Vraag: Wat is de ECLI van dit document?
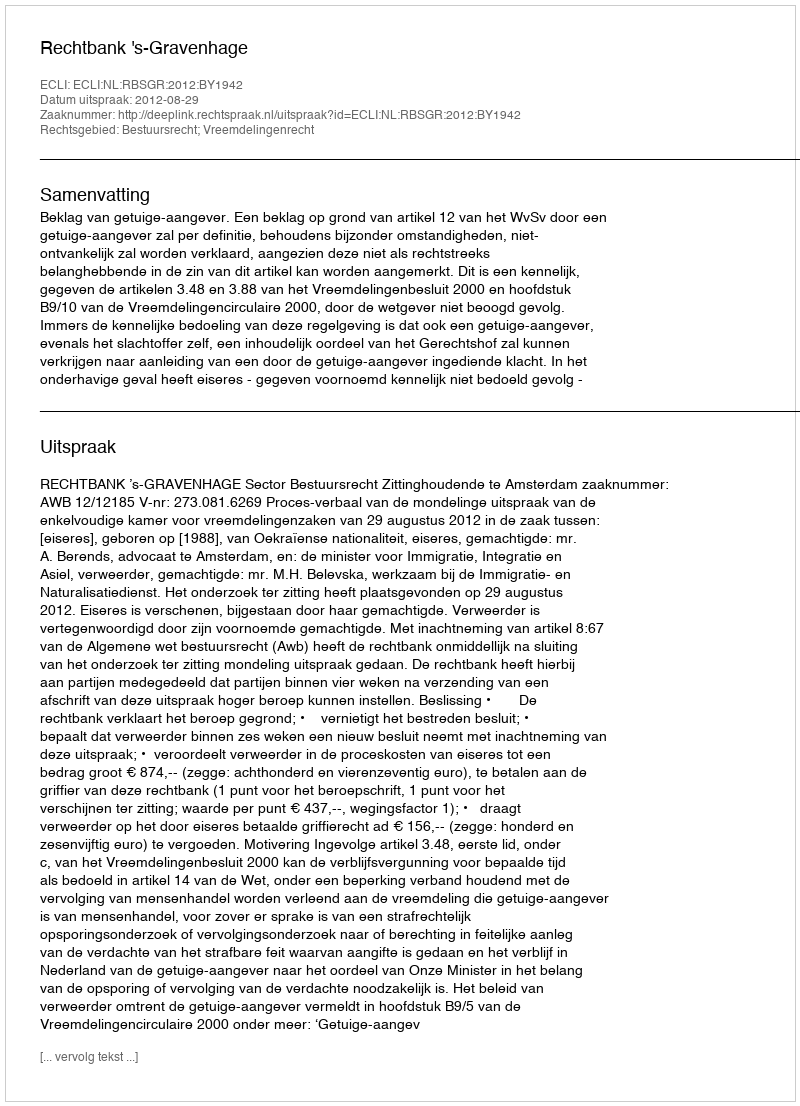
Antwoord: ECLI:NL:RBSGR:2012:BY1942